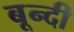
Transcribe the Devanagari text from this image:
बून्‍दी